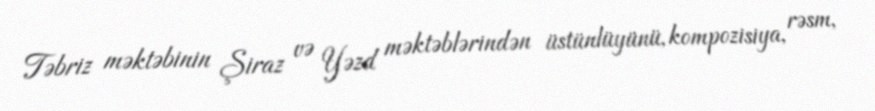
Təbriz məktəbinin Şiraz və Yəzd məktəblərindən üstünlüyünü, kompozisiya, rəsm,